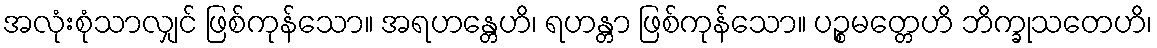
အလုံးစုံသာလျှင် ဖြစ်ကုန်သော။ အရဟန္တေဟိ၊ ရဟန္တာ ဖြစ်ကုန်သော။ ပဉ္စမတ္တေဟိ ဘိက္ခုသတေဟိ၊